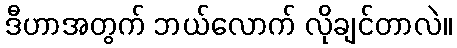
ဒီဟာအတွက် ဘယ်လောက် လိုချင်တာလဲ။